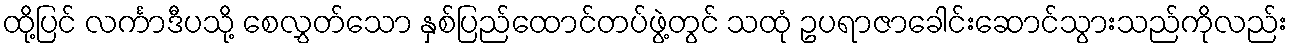
ထို့ပြင် လင်္ကာဒီပသို့ စေလွှတ်သော နှစ်ပြည်ထောင်တပ်ဖွဲ့တွင် သထုံ ဥပရာဇာခေါင်းဆောင်သွားသည်ကိုလည်း